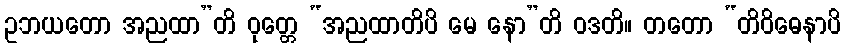
ဥဘယတော အညထာ”တိ ဝုတ္တေ “အညထာတိပိ မေ နော”တိ ဝဒတိ။ တတော “တိဝိဓေနာပိ